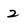
Character: 2